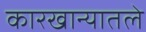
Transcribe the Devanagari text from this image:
कारखान्यातले